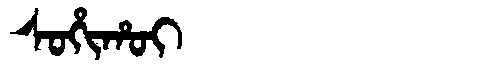
Manchu: ᠰᠣᡥᡳᡥᠣᡳ
Romanization: SOHIHOI